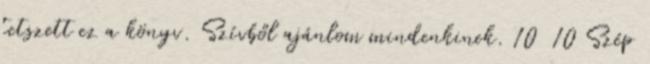
tetszett ez a könyv. Szívből ajánlom mindenkinek. 10 10 Szép